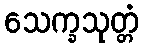
သေက္ခသုတ္တံ